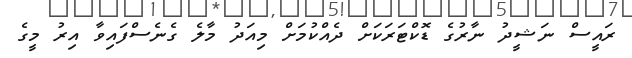
ރައީސް ނަޝީދު ނާރުގެ ޑޮކްޓަރަކަށް ދެއްކުމަށް މިއަދު މާލެ ގެނެސްފައިވާ އިރު މީގެ